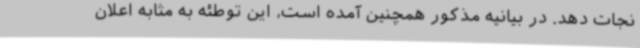
نجات دهد. در بیانیه مذکور همچنین آمده است، این توطئه به مثابه اعلان